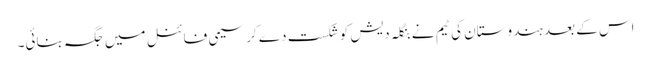
اس کے بعد ہندوستان کی ٹیم نے بنگلہ دیش کو شکست دے کرسیمی فائنل میں جگہ بنائی۔